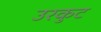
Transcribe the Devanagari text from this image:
उरकुट